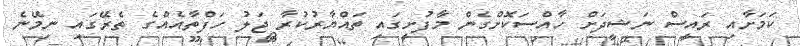
ކަމަށާއި ރައީސް ނަޝީދަށް ހާއްސަކޮށްގެން މާފުށީގައި ތައްޔާރުކުރާ ޖަލު ހަފްތާއެއްގެ ތެރޭގައި ނިމޭނެ